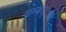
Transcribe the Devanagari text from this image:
सम्बंध्ाी